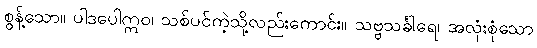
စွန့်သော။ ပါဒပေါဣဝ၊ သစ်ပင်ကဲ့သို့လည်းကောင်း။ သဗ္ဗသင်္ခါရေ၊ အလုံးစုံသော